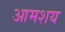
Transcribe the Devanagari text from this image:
आमशय